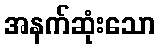
အနက်ဆုံးသော